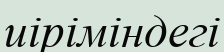
иіріміндегі